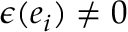
\boldsymbol { \epsilon } ( \boldsymbol { e } _ { i } ) \neq 0